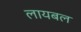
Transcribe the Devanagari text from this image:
लायबल